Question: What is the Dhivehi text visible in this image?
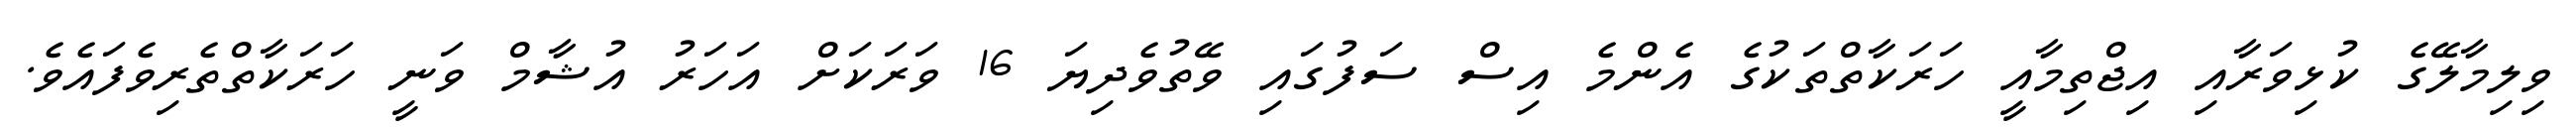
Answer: ވިލިމާލޭގެ ކުޅިވަރާއި އިޖްތިމާއީ ހަރަކާތްތަކުގެ އެންމެ އިސް ސަފުގައި ވޭތުވެދިޔަ 16 ވަރަކަށް އަހަރު އުޝާމް ވަނީ ހަރަކާތްތެރިވެފައެވެ.